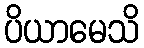
ပိယာမေသိ